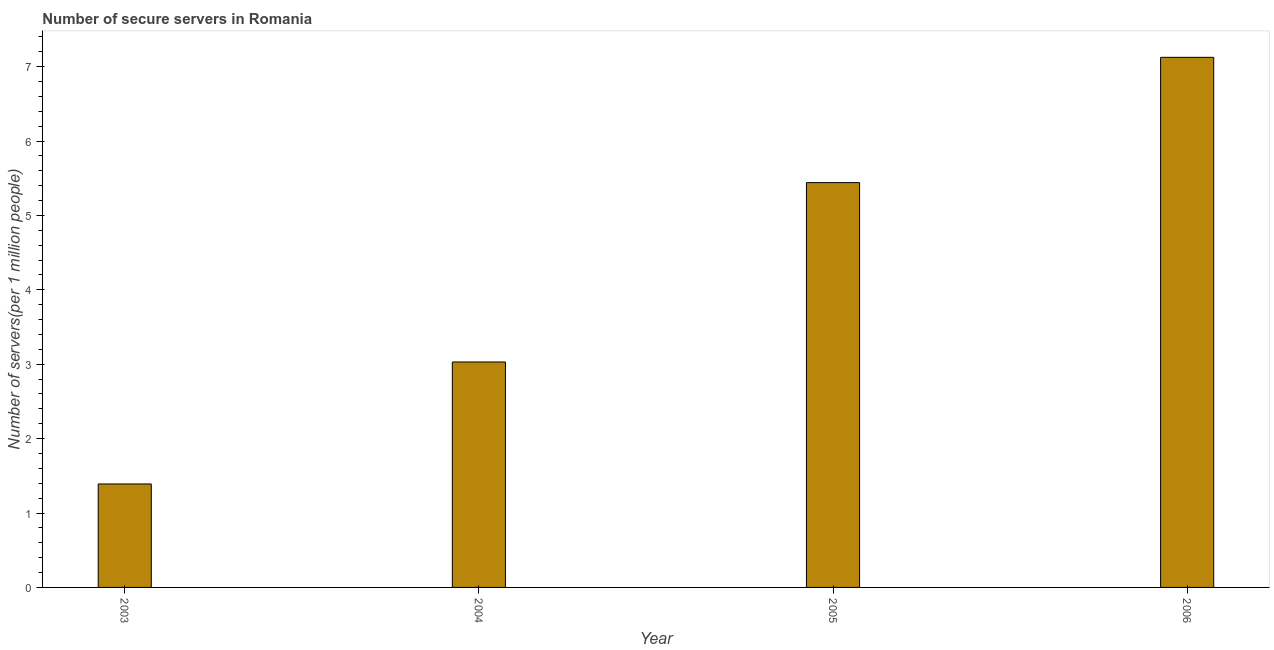
| Year | Secure Internet servers |
 | --- | --- |
 | 2003 | 1.39 |
 | 2004 | 3.03 |
 | 2005 | 5.44 |
 | 2006 | 7.12 |